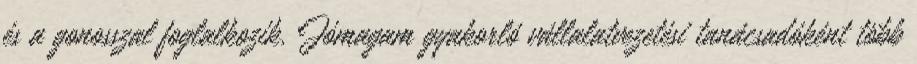
és a gonosszal foglalkozik. Jómagam gyakorló vállalatvezetési tanácsadóként több